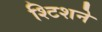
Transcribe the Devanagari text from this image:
श्टिशने